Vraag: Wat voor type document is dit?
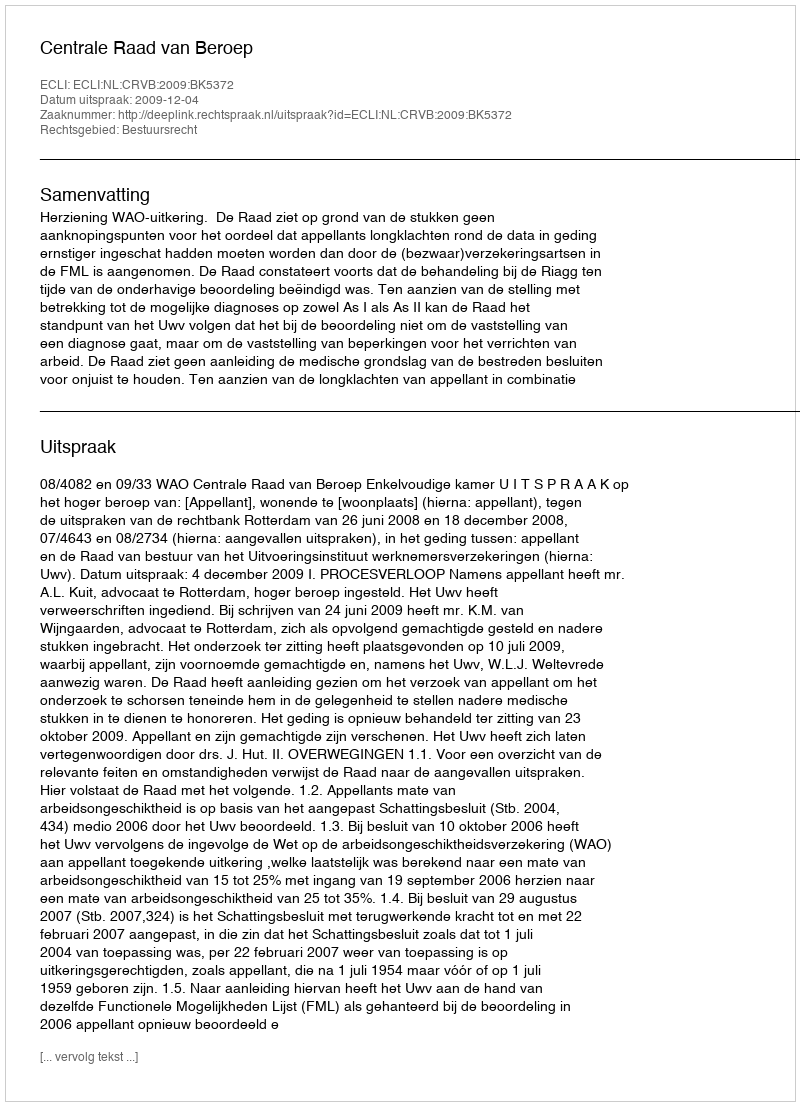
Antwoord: Uitspraak